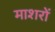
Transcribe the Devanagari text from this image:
माशरों